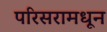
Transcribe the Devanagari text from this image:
परिसरामधून